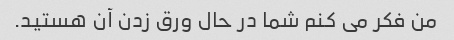
من فکر می کنم شما در حال ورق زدن آن هستید.